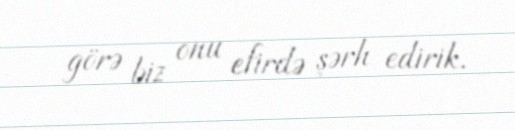
görə biz onu efirdə şərh edirik.